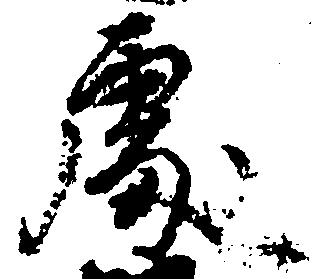
処